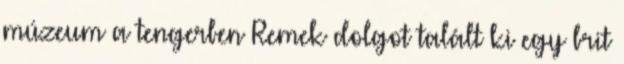
múzeum a tengerben Remek dolgot talált ki egy brit